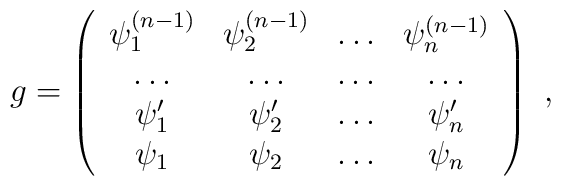
g=\left( \begin{array}{cccc}\psi _{1}^{(n-1)} & \psi _{2}^{(n-1)} & \dots  & \psi _{n}^{(n-1)}\\\dots  & \dots  & \dots  & \dots \\\psi _{1}^{\prime } & \psi _{2}^{\prime } & \dots  & \psi _{n}^{\prime }\\\psi _{1} & \psi _{2} & \dots  & \psi _{n}\end{array}\right) \, \, ,